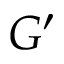
G ^ { \prime }